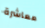
معاشرة